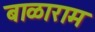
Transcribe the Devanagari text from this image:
बाळाराम